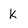
Character: k